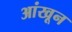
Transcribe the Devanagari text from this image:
आंखून